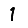
Digit: 1